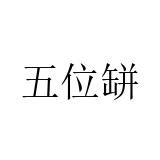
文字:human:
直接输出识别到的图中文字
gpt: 五位缾